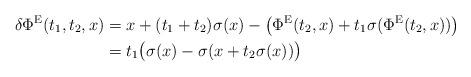
LaTeX: \begin{align*}\delta\Phi^{\rm E}(t_1,t_2,x)&=x+(t_1+t_2)\sigma(x)-\bigl(\Phi^{\rm E}(t_2,x)+t_1\sigma(\Phi^{\rm E}(t_2,x))\bigr)\\&=t_1\bigl(\sigma(x)-\sigma(x+t_2\sigma(x))\bigr)\end{align*}